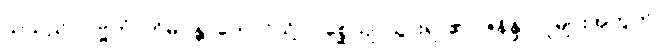
သူသည်။ ပဗ္ဗတံ၊ ဟိမဝန္တာတောင်သို့။ ဂစ္ဆေယျ၊ သွားရာ၏။ ဇနိန္ဒ၊ လူများအတွက်